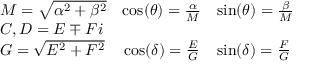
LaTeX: \begin{array} { l c l } { M = { \sqrt { \alpha ^ { 2 } + \beta ^ { 2 } } } } & { \cos ( \theta ) = { \frac { \alpha } { M } } } & { \sin ( \theta ) = { \frac { \beta } { M } } } \\ { C , D = E \mp F i } & { } & { } \\ { G = { \sqrt { E ^ { 2 } + F ^ { 2 } } } } & { \cos ( \delta ) = { \frac { E } { G } } } & { \sin ( \delta ) = { \frac { F } { G } } } \end{array}